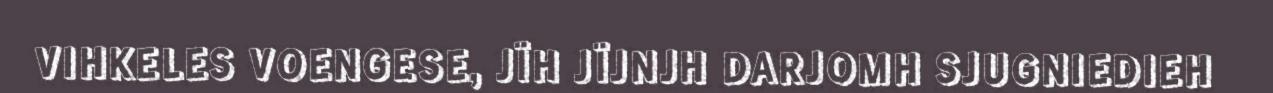
VIHKELES VOENGESE, JÏH JÏJNJH DARJOMH SJUGNIEDIEH